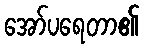
အော်ပရေတာ၏